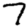
Digit: 7